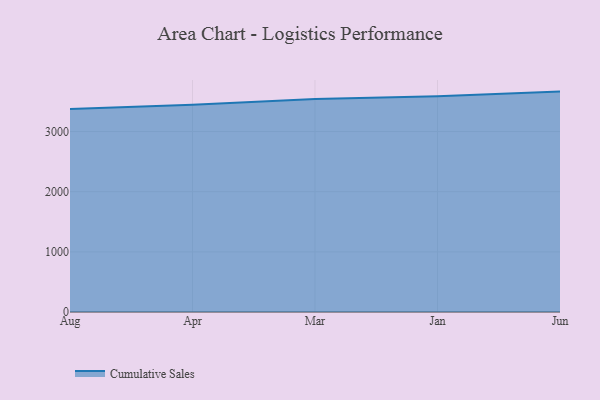
{"axis": {"x": "Month", "y": "Latency (ms)"}, "legend": ["Cumulative Sales"], "data": [{"x": "Aug", "y": 3375.6, "type": "Cumulative Sales"}, {"x": "Apr", "y": 3445.1, "type": "Cumulative Sales"}, {"x": "Mar", "y": 3541.2, "type": "Cumulative Sales"}, {"x": "Jan", "y": 3585.0, "type": "Cumulative Sales"}, {"x": "Jun", "y": 3663.5, "type": "Cumulative Sales"}]}